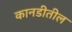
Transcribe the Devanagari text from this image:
कानडीतील